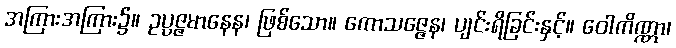
အကြားအကြား၌။ ဥပ္ပဇ္ဇမာနေန၊ ဖြစ်သော။ ကောသဇ္ဇေန၊ ပျင်းရိခြင်းနှင့်။ ဝေါကိဏ္ဏာ၊